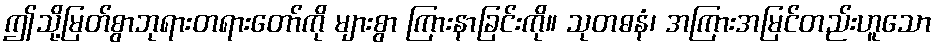
ဤသို့မြတ်စွာဘုရားတရားတော်ကို များစွာ ကြားနာခြင်းကို။ သုတဓနံ၊ အကြားအမြင်တည်းဟူသော